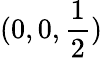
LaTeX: (0,0,{\frac{1}{2}})